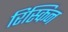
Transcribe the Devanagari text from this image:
रिस्किन